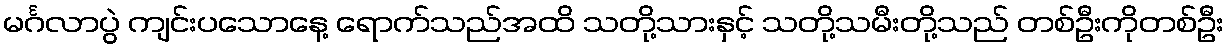
မင်္ဂလာပွဲ ကျင်းပသောနေ့ ရောက်သည်အထိ သတို့သားနှင့် သတို့သမီးတို့သည် တစ်ဦးကိုတစ်ဦး